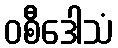
ဝစီဒေါသံ